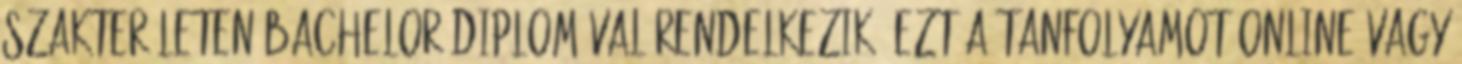
szakterületen Bachelor diplomával rendelkezik. Ezt a tanfolyamot online vagy